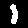
Label: 1